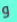
و